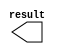
module con_1000 (
	result);

	output	[15:0]  result;

endmodule